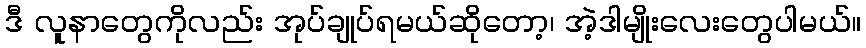
ဒီ လူနာတွေကိုလည်း အုပ်ချုပ်ရမယ်ဆိုတော့၊ အဲ့ဒါမျိုးလေးတွေပါမယ်။